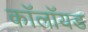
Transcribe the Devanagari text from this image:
कॉलॉयड